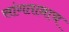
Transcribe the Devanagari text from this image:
सांगतानाच